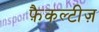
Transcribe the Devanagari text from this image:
फ़ैकल्टीज़